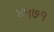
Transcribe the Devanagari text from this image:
४५७१